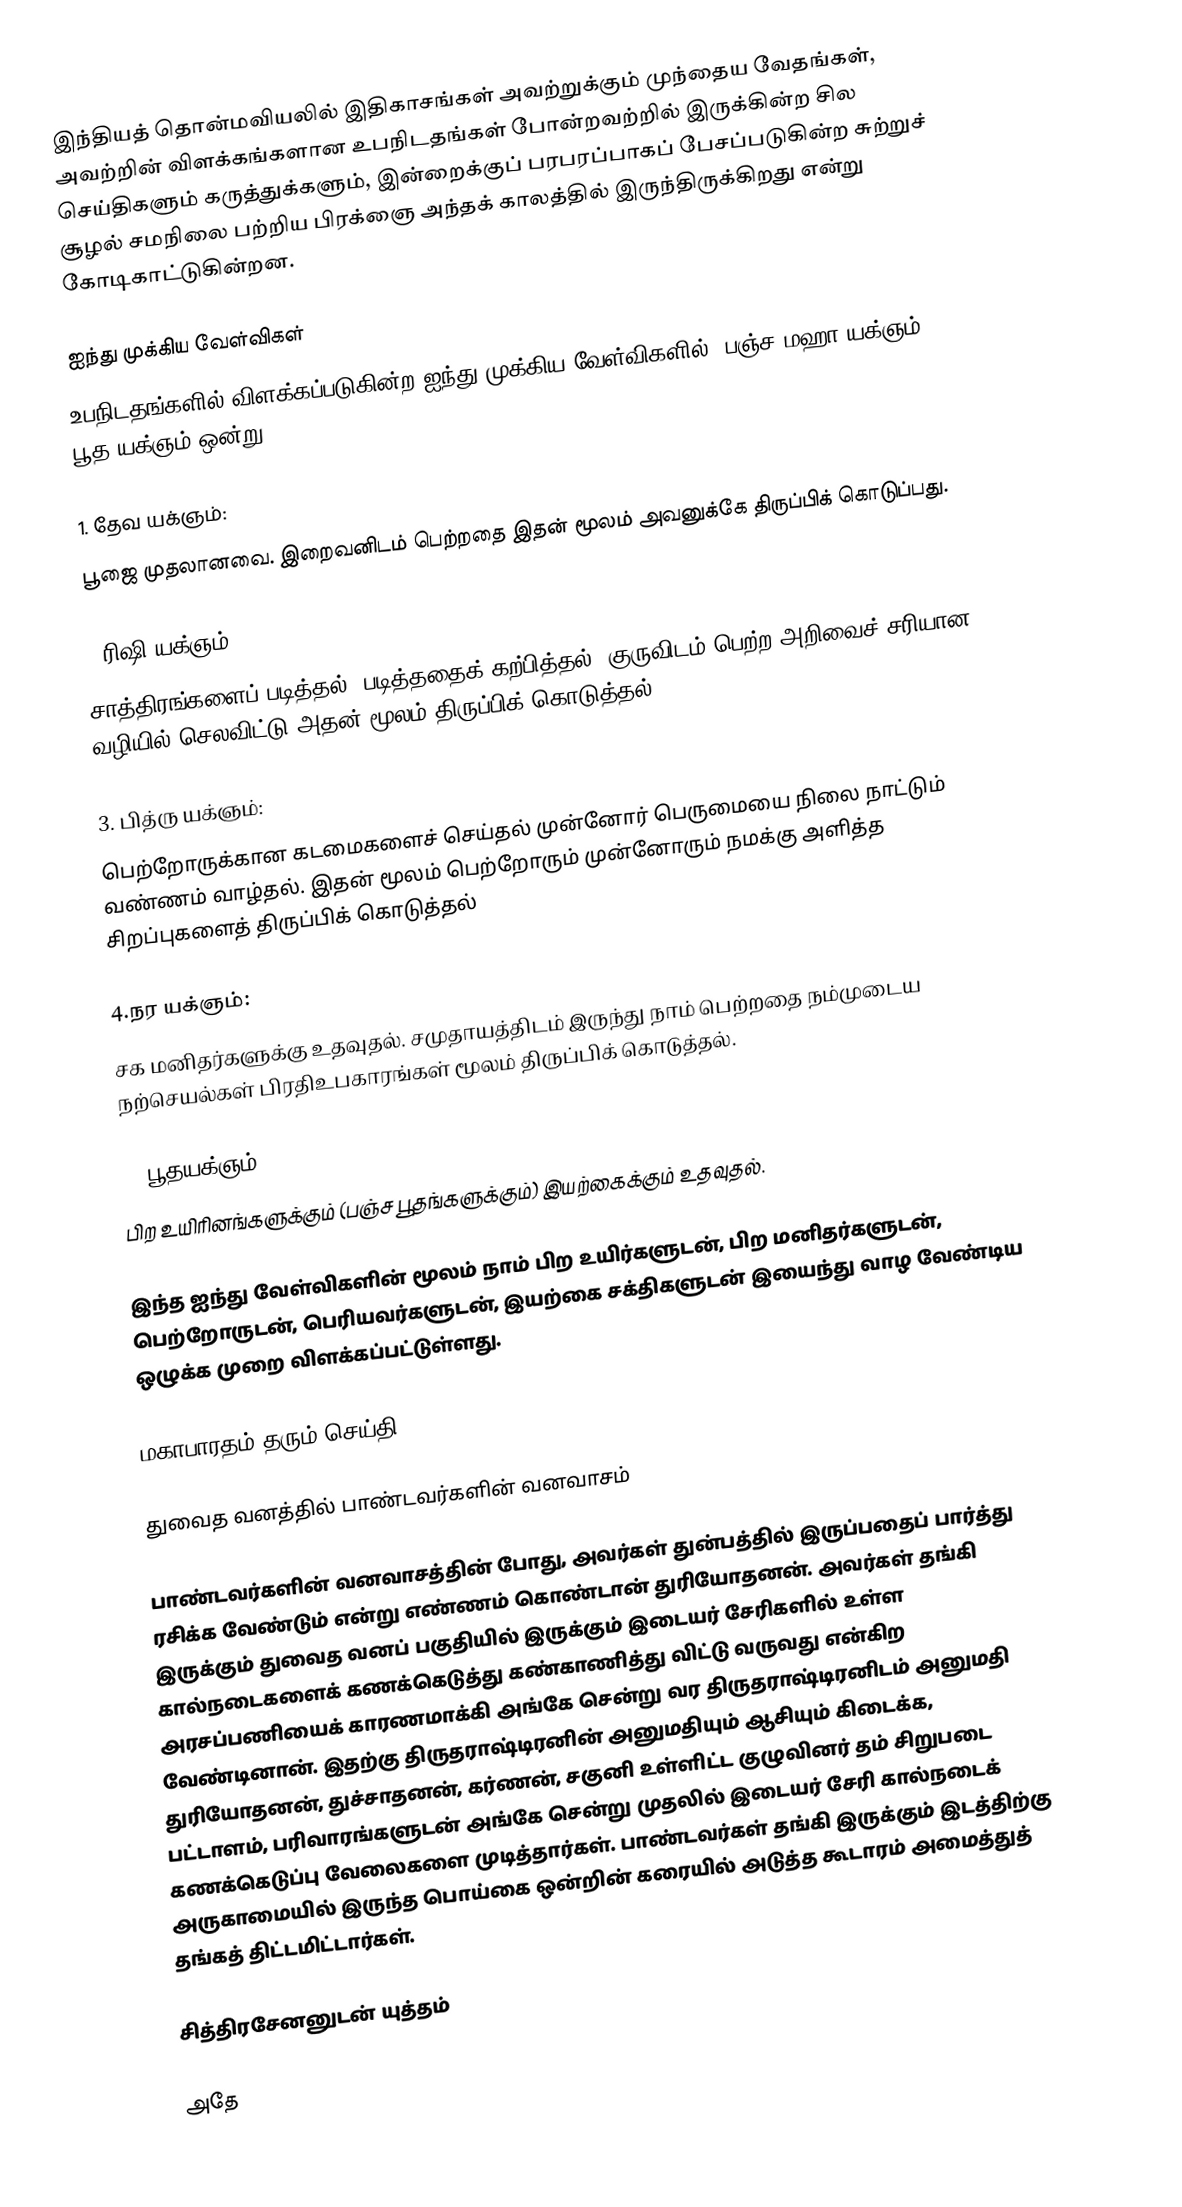
இந்தியத் தொன்மவியலில் இதிகாசங்கள் அவற்றுக்கும் முந்தைய வேதங்கள், அவற்றின் விளக்கங்களான உபநிடதங்கள் போன்றவற்றில் இருக்கின்ற சில செய்திகளும் கருத்துக்களும், இன்றைக்குப் பரபரப்பாகப் பேசப்படுகின்ற சுற்றுச் சூழல் சமநிலை பற்றிய பிரக்ஞை அந்தக் காலத்தில் இருந்திருக்கிறது என்று கோடிகாட்டுகின்றன.

ஐந்து முக்கிய வேள்விகள்
உபநிடதங்களில் விளக்கப்படுகின்ற ஐந்து முக்கிய வேள்விகளில் (பஞ்ச மஹா யக்ஞம்), பூத யக்ஞம் ஒன்று.

1. தேவ யக்ஞம்:
பூஜை முதலானவை. இறைவனிடம் பெற்றதை இதன் மூலம் அவனுக்கே திருப்பிக் கொடுப்பது.

2.ரிஷி யக்ஞம்:
சாத்திரங்களைப் படித்தல், படித்ததைக் கற்பித்தல். குருவிடம் பெற்ற அறிவைச் சரியான வழியில் செலவிட்டு அதன் மூலம் திருப்பிக் கொடுத்தல்.

3. பித்ரு யக்ஞம்:
பெற்றோருக்கான கடமைகளைச் செய்தல் முன்னோர் பெருமையை நிலை நாட்டும் வண்ணம் வாழ்தல். இதன் மூலம் பெற்றோரும் முன்னோரும் நமக்கு அளித்த சிறப்புகளைத் திருப்பிக் கொடுத்தல்

4.நர யக்ஞம்:
சக மனிதர்களுக்கு உதவுதல். சமுதாயத்திடம் இருந்து நாம் பெற்றதை நம்முடைய நற்செயல்கள் பிரதிஉபகாரங்கள் மூலம் திருப்பிக் கொடுத்தல்.

5. பூதயக்ஞம்:
பிற உயிரினங்களுக்கும் (பஞ்ச பூதங்களுக்கும்) இயற்கைக்கும் உதவுதல்.

இந்த ஐந்து வேள்விகளின் மூலம் நாம் பிற உயிர்களுடன், பிற மனிதர்களுடன், பெற்றோருடன், பெரியவர்களுடன், இயற்கை சக்திகளுடன் இயைந்து வாழ வேண்டிய ஒழுக்க முறை விளக்கப்பட்டுள்ளது.

மகாபாரதம் தரும் செய்தி

துவைத வனத்தில் பாண்டவர்களின் வனவாசம்

பாண்டவர்களின் வனவாசத்தின் போது, அவர்கள் துன்பத்தில் இருப்பதைப் பார்த்து ரசிக்க வேண்டும் என்று எண்ணம் கொண்டான் துரியோதனன். அவர்கள் தங்கி இருக்கும் துவைத வனப் பகுதியில் இருக்கும் இடையர் சேரிகளில் உள்ள கால்நடைகளைக் கணக்கெடுத்து கண்காணித்து விட்டு வருவது என்கிற அரசப்பணியைக் காரணமாக்கி அங்கே சென்று வர திருதராஷ்டிரனிடம் அனுமதி வேண்டினான். இதற்கு திருதராஷ்டிரனின் அனுமதியும் ஆசியும் கிடைக்க, துரியோதனன், துச்சாதனன், கர்ணன், சகுனி உள்ளிட்ட குழுவினர் தம் சிறுபடை பட்டாளம், பரிவாரங்களுடன் அங்கே சென்று முதலில் இடையர் சேரி கால்நடைக் கணக்கெடுப்பு வேலைகளை முடித்தார்கள். பாண்டவர்கள் தங்கி இருக்கும் இடத்திற்கு அருகாமையில் இருந்த பொய்கை ஒன்றின் கரையில் அடுத்த கூடாரம் அமைத்துத் தங்கத் திட்டமிட்டார்கள்.

சித்திரசேனனுடன் யுத்தம்

அதே